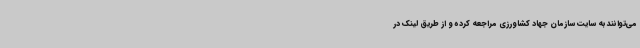
می‌توانند به سایت سازمان جهاد کشاورزی مراجعه کرده و از طریق لینک در